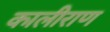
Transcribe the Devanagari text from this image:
कालीराण